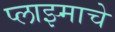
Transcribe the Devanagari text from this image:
प्लाझ्माचे